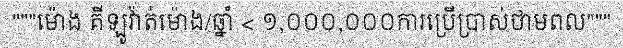
"""ម៉ោង គីឡូវ៉ាត់ម៉ោង/ឆ្នាំ < ១,០០០,០០០ការប្រើប្រាស់ថាមពល"""